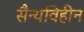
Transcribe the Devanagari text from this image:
सैन्यविहीन